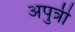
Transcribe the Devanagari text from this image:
अपुत्री